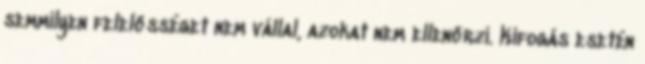
semmilyen felelősséget nem vállal, azokat nem ellenőrzi. Kifogás esetén